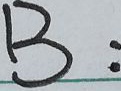
B :